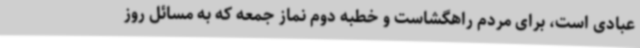
عبادی است، برای مردم راهگشاست و خطبه دوم نماز جمعه که به مسائل روز